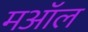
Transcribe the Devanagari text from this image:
मऑल